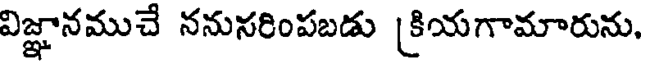
విజ్ఞానముచే ననునరింపబడు [కియగామారును,